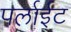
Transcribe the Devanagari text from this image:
पर्लाईट